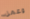
وعمل